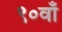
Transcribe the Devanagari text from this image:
९०वाँ